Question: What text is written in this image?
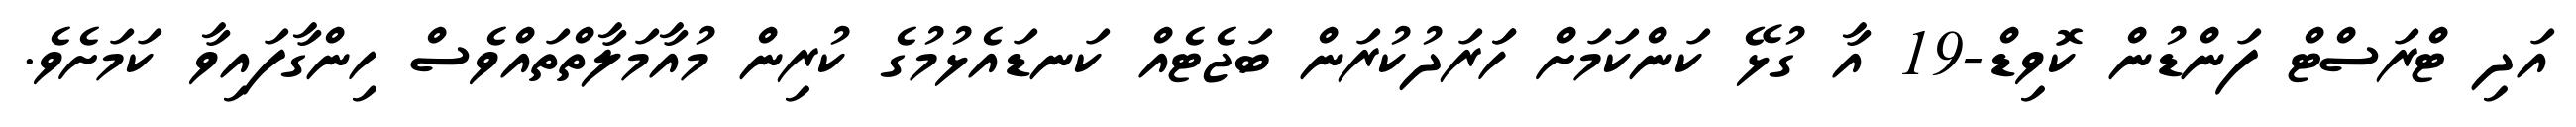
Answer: އަދި ޓްރަސްޓް ފަންޑުން ކޮވިޑް-19 އާ ގުޅޭ ކަންކަމަށް ހަަރަދުކުރަން ބަޖެޓެއް ކަނޑައެޅުމުގެ ކުރިން މުއާމަލާތްތައްވެސް ހިންގާފައިވާ ކަމަށެވެ.